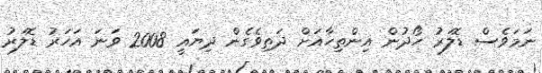
ނަމަވެސް ޑޮލަރު ހޯދުން އިންތިހާއަށް ދަތިވެގެން ދިޔައީ 2008 ވަނަ އަހަރު ޑޮލަރު